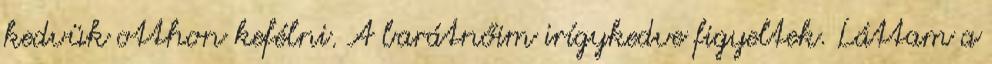
kedvük otthon kefélni. A barátnőim irígykedve figyeltek. Láttam a